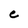
Character: C